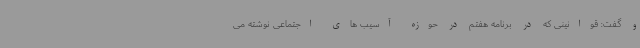
و گفت: قوانینی که در برنامه هفتم در حوزه آسیب های اجتماعی نوشته می